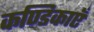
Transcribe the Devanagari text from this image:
कण्डिकाएँ